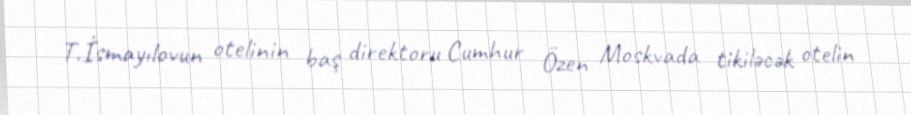
T.İsmayılovun otelinin baş direktoru Cumhur Özen Moskvada tikiləcək otelin